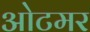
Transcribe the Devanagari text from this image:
ओटमर